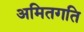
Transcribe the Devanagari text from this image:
अमितगति